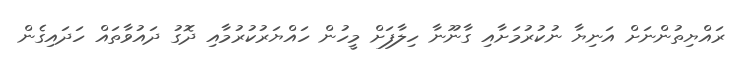
ރައްޔިތުންނަށް އަނިޔާ ނުކުރުމަށާއި ގާނޫނާ ހިލާފަށް މީހުން ހައްޔަރުކުރުމާއި ދޮގު ދައުވާތައް ހަދައިގެން